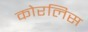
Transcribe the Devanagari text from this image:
कोरलिस